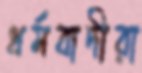
ধর্মবাদীরা